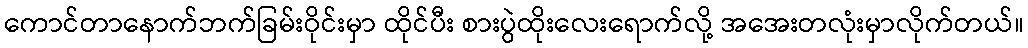
ကောင်တာနောက်ဘက်ခြမ်းဝိုင်းမှာ ထိုင်ပီး စားပွဲထိုးလေးရောက်လို့ အအေးတလုံးမှာလိုက်တယ်။